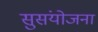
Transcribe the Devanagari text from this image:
सुसंयोजना